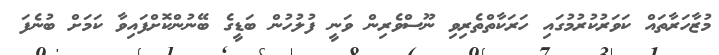
މުޒާހަރާތައް ކަވަރުކުރުމުގައި ހަރަކާތްތެރިވި ނޫސްވެރިން ވަނީ ފުލުހުން ބަޑީގެ ބޭނުންކޮށްފައިވާ ކަމަށް ބުނެފަ